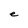
Character: e